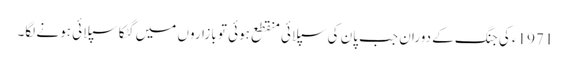
1971ء کی جنگ کے دوران جب پان کی سپلائی منقطع ہوئی تو بازاروں میں گٹکا سپلائی ہونے لگا۔